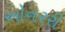
ઓનરરી